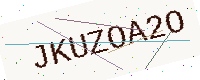
Text: JKUZOA2O